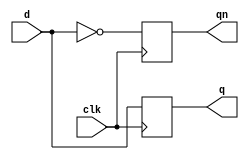
// http://codeitdown.com/icarus-verilog-on-windows/

//dff modules represents a D type flip-flop
module dff(d,clk,q,qn);
	input d,clk;
	output q,qn;
	reg q,qn;

	//Initialize flip-flop outputs
	initial begin q=0; qn=1; end

	//Change output on positive clock edge
	always @(posedge clk) 
	begin
		q <= d;
		qn <= !d;
	end
endmodule